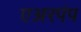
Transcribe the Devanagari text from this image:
एअरपंप